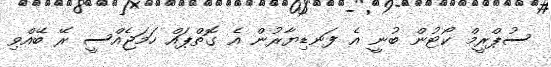
ސުޕްރީމް ކޯޓުން ބުނީ އެ ފަނޑިޔާރުން އެ ގޮތްޕައް ހަމަޖެއްސީ ރޭ ބޭއްވި